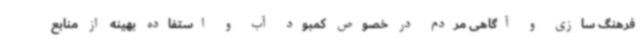
فرهنگ سازی و آگاهی مردم در خصوص کمبود آب و استفاده بهینه از منابع